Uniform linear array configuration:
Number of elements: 16
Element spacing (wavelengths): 0.25
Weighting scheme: binomial
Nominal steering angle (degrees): -15
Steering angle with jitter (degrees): -16.52
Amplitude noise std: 0.05
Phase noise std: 0.05

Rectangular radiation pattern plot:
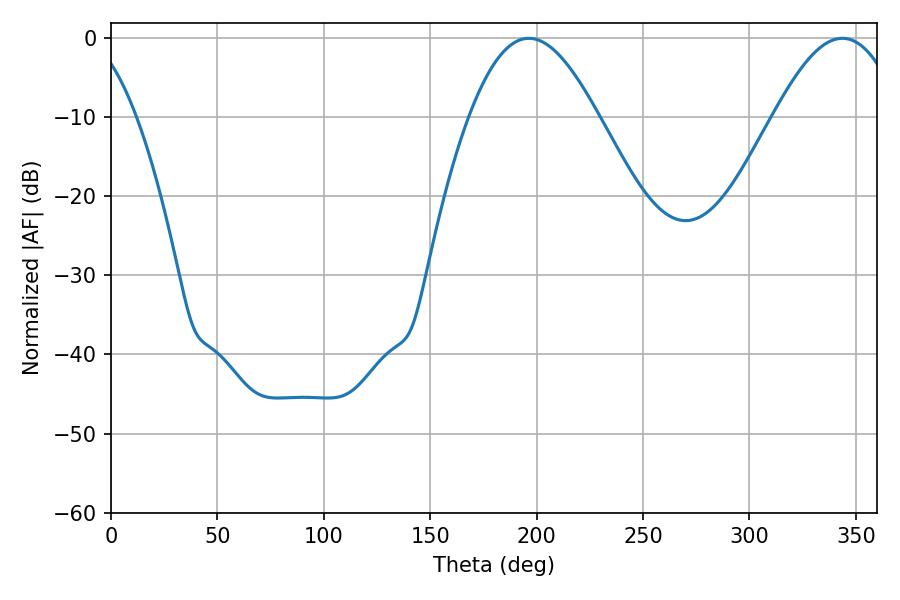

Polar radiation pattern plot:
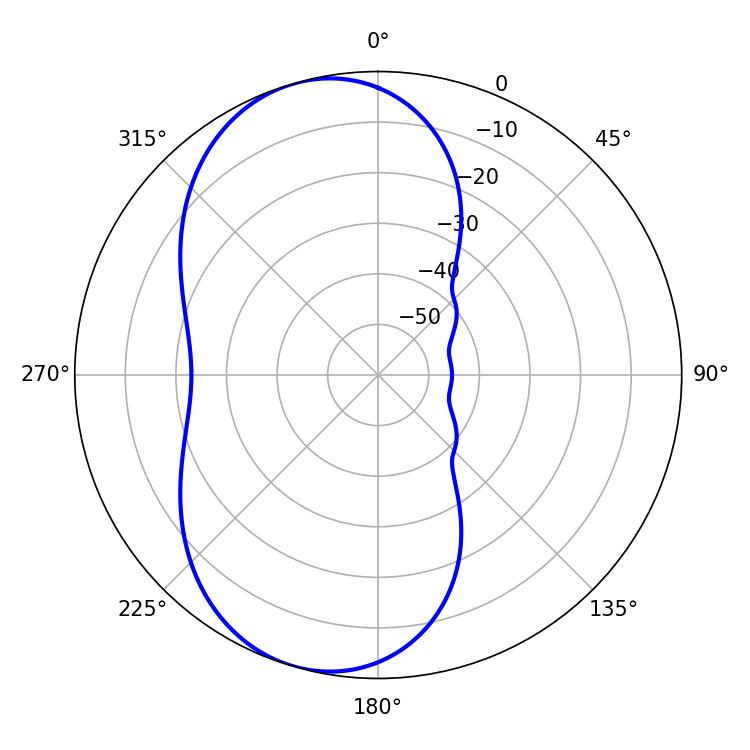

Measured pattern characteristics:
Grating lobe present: FALSE
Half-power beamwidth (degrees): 32.58
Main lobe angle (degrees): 343.62